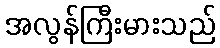
အလွန်ကြီးမားသည်